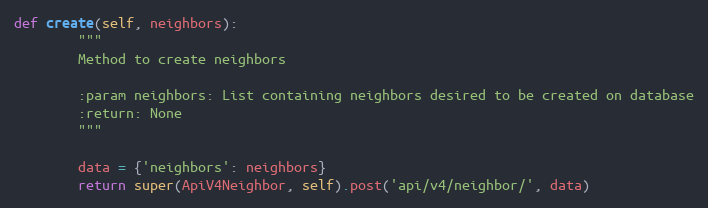
Language: Python
def create(self, neighbors):
        """
        Method to create neighbors

        :param neighbors: List containing neighbors desired to be created on database
        :return: None
        """

        data = {'neighbors': neighbors}
        return super(ApiV4Neighbor, self).post('api/v4/neighbor/', data)